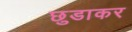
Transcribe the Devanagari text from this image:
छुडाकर